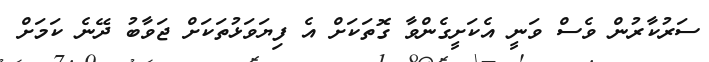
ސަރުކާރުން ވެސް ވަނީ އެކަށީގެންވާ ގޮތަކަށް އެ ފިޔަވަޅުތަކަށް ޖަވާބު ދޭނެ ކަމަށް